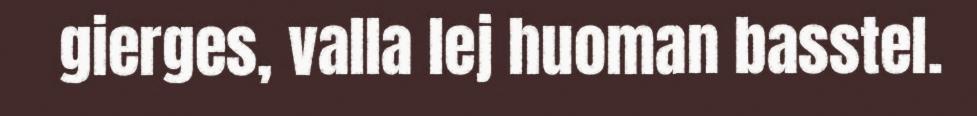
gierges, valla lej huoman basstel.